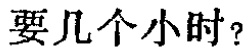
要几个小时？